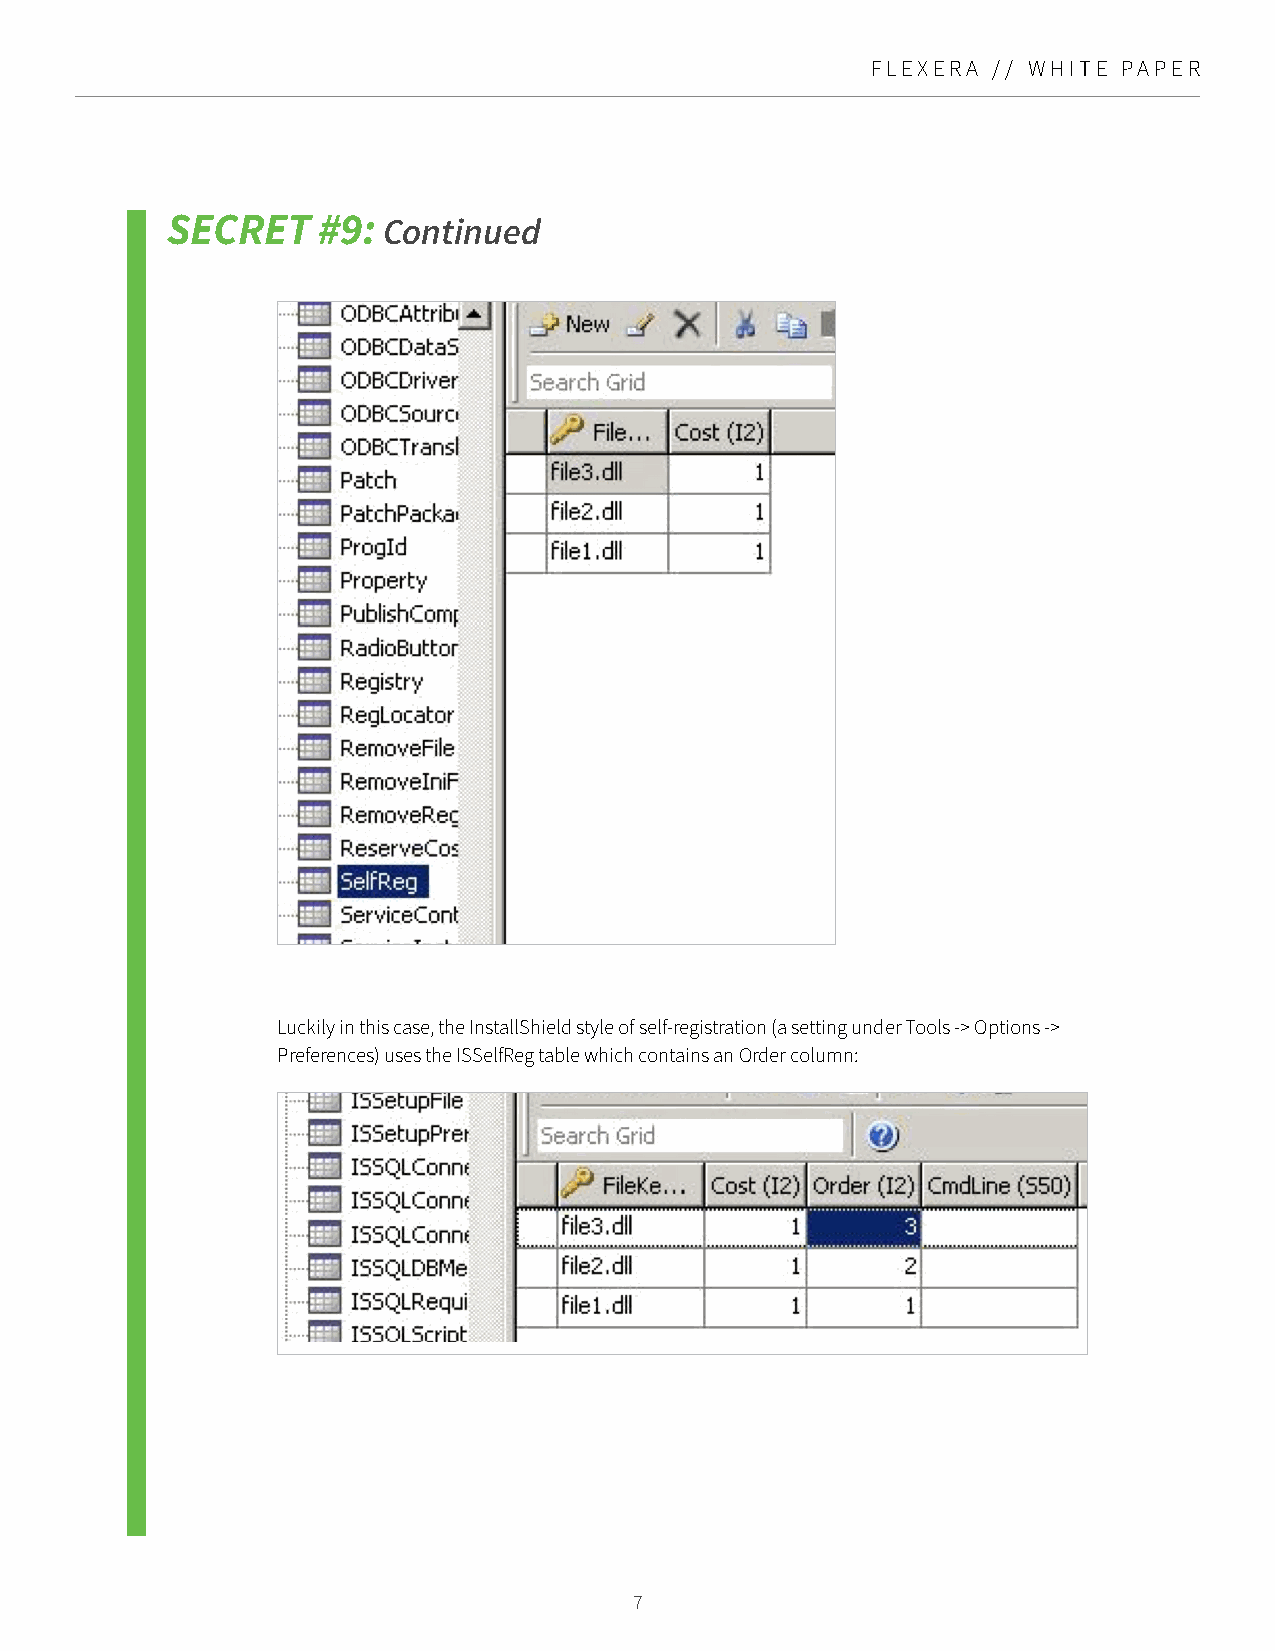
FLEXERA // WHITE PAPER
 SECRET    #9: Continued
 Luckily in this case, the InstallShield style of self-registration (a setting under Tools -> Options ->
 Preferences) uses the ISSelfReg table which contains an Order column:
 7